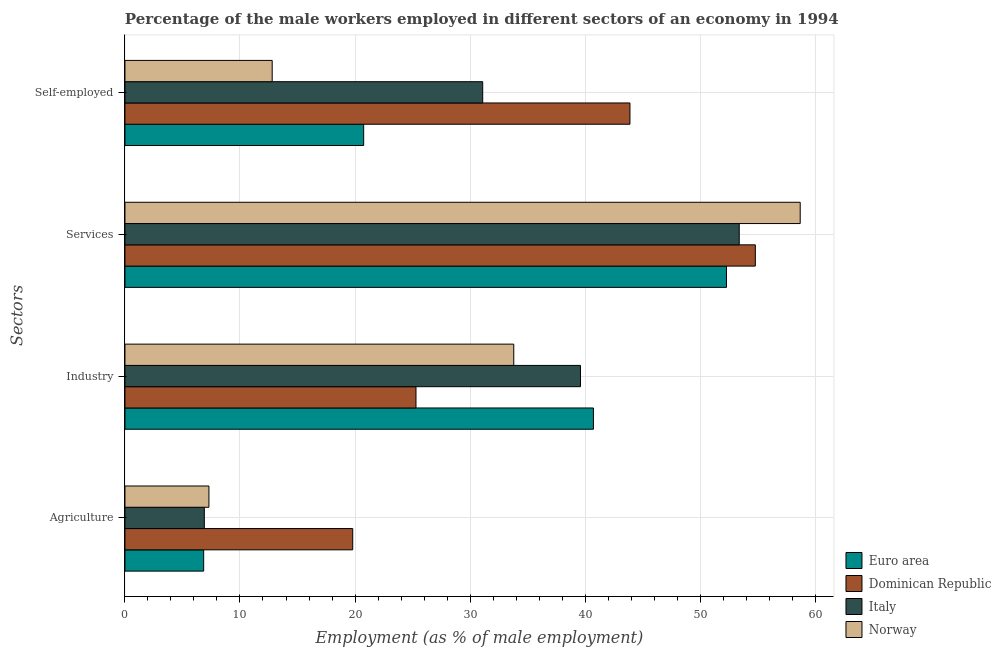
| Sectors | Euro area | Dominican Republic | Italy | Norway |
 | --- | --- | --- | --- | --- |
 | Agriculture | 6.84 | 19.8 | 6.9 | 7.3 |
 | Industry | 40.7 | 25.3 | 39.6 | 33.8 |
 | Services | 52.3 | 54.8 | 53.4 | 58.7 |
 | Self-employed | 20.8 | 43.9 | 31.1 | 12.8 |